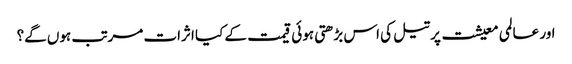
اور عالمی معیشت پر تیل کی اس بڑھتی ہوئی قیمت کے کیا اثرات مرتب ہوں گے؟